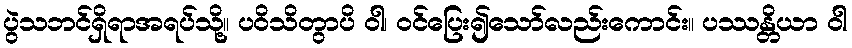
ပွဲသဘင်ရှိရာအရပ်သို့။ ပဝိသိတွာပိ ဝါ၊ ဝင်ပြေး၍သော်လည်းကောင်း။ ပဿန္တိယာ ဝါ